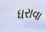
ધરાવા